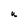
Character: u